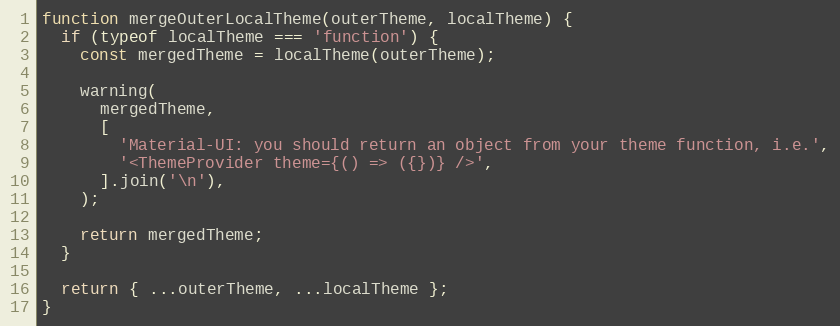
Language: JavaScript
function mergeOuterLocalTheme(outerTheme, localTheme) {
  if (typeof localTheme === 'function') {
    const mergedTheme = localTheme(outerTheme);

    warning(
      mergedTheme,
      [
        'Material-UI: you should return an object from your theme function, i.e.',
        '<ThemeProvider theme={() => ({})} />',
      ].join('\n'),
    );

    return mergedTheme;
  }

  return { ...outerTheme, ...localTheme };
}